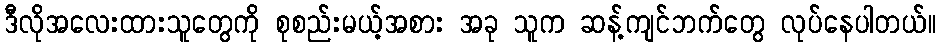
ဒီလိုအလေးထားသူတွေကို စုစည်းမယ့်အစား အခု သူက ဆန့်ကျင်ဘက်တွေ လုပ်နေပါတယ်။